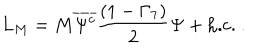
LaTeX: L _ { M } = M \overline { { { \Psi ^ { c } } } } \frac { ( 1 - \Gamma _ { 7 } ) } { 2 } \Psi + \mathrm { h . c . } ~ .